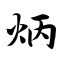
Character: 炳